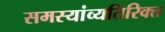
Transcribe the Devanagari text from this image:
समस्यांव्यतिरिक्त